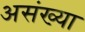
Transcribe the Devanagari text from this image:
असंख्या